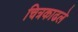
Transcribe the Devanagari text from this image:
चित्रकाढले